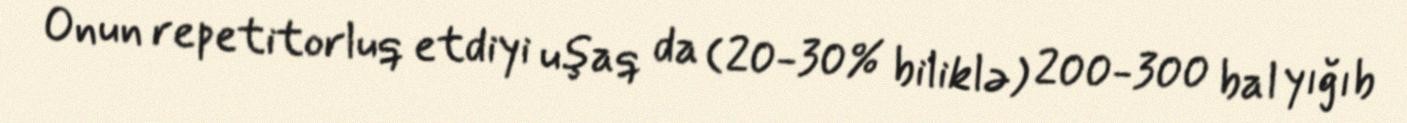
Onun repetitorluq etdiyi uşaq da (20-30% biliklə) 200-300 bal yığıb